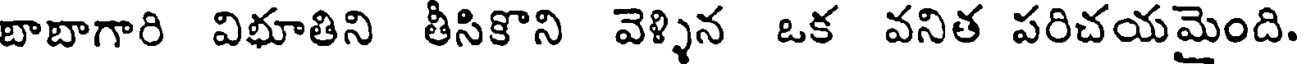
బాబాగారి విభూతిని తీసికొని వెళ్ళిన ఒక వనిత పరిచయమైంది